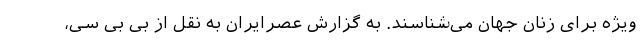
ویژه برای زنان جهان می‌شناسند. به گزارش عصرایران به نقل از بی بی سی،